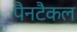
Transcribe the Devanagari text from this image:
पैनटैकल